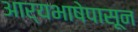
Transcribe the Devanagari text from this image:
आर्यभाषेपासून